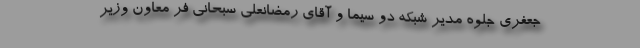
جعفری جلوه مدیر شبکه دو سیما و آقای رمضانعلی سبحانی فر معاون وزیر